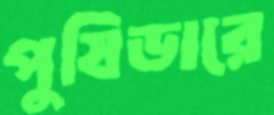
পুষিডারে